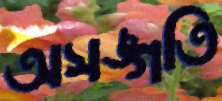
অসঙ্গতি